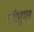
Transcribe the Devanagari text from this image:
हरिसुमन